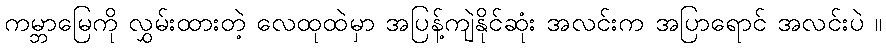
ကမ္ဘာမြေကို လွှမ်းထားတဲ့ လေထုထဲမှာ အပြန့်ကျဲနိုင်ဆုံး အလင်းက အပြာရောင် အလင်းပဲ ။